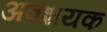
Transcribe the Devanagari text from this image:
अवशयक